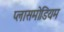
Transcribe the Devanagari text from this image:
प्लासमोडियम